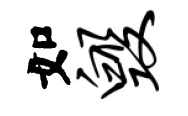
如毁